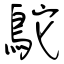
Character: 鴕